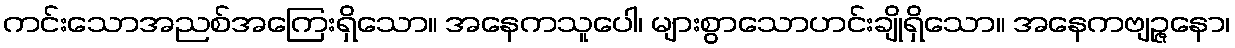
ကင်းသောအညစ်အကြေးရှိသော။ အနေကသူပေါ၊ များစွာသောဟင်းချိုရှိသော။ အနေကဗျဉ္ဇနော၊